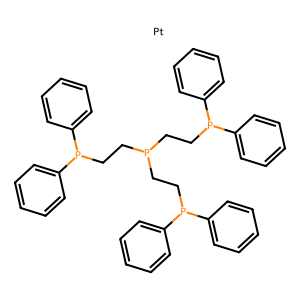
SMILES: [Pt].c1ccc(P(CCP(CCP(c2ccccc2)c2ccccc2)CCP(c2ccccc2)c2ccccc2)c2ccccc2)cc1
Inhibits HIV replication: No